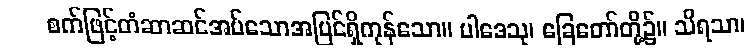
စက်ဖြင့်တံဆာဆင်အပ်သောအပြင်ရှိကုန်သော။ ပါဒေသု၊ ခြေတော်တို့၌။ သိရသာ၊